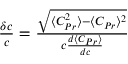
\begin{array} { r } { \frac { \delta c } { c } = \frac { \sqrt { \langle C _ { P r } ^ { 2 } \rangle - \langle C _ { P r } \rangle ^ { 2 } } } { c \frac { d \langle C _ { P r } \rangle } { d c } } } \end{array}